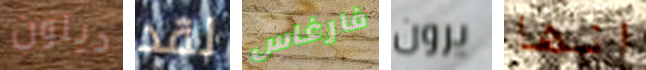
ديلون لقد فارغاس يرون انها